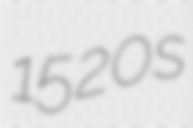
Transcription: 1520s